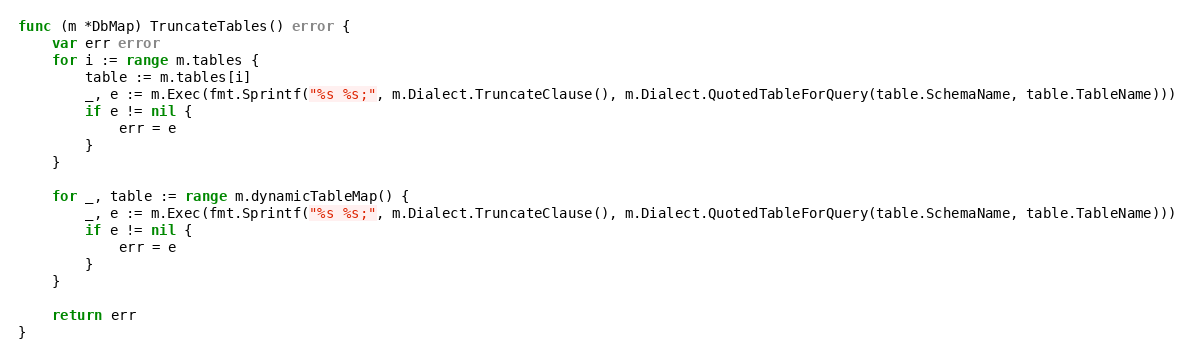
Language: Go
func (m *DbMap) TruncateTables() error {
	var err error
	for i := range m.tables {
		table := m.tables[i]
		_, e := m.Exec(fmt.Sprintf("%s %s;", m.Dialect.TruncateClause(), m.Dialect.QuotedTableForQuery(table.SchemaName, table.TableName)))
		if e != nil {
			err = e
		}
	}

	for _, table := range m.dynamicTableMap() {
		_, e := m.Exec(fmt.Sprintf("%s %s;", m.Dialect.TruncateClause(), m.Dialect.QuotedTableForQuery(table.SchemaName, table.TableName)))
		if e != nil {
			err = e
		}
	}

	return err
}